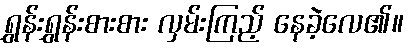
ရွှန်းရွှန်းစားစား လှမ်းကြည့် နေခဲ့လေ၏။